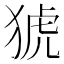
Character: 猇